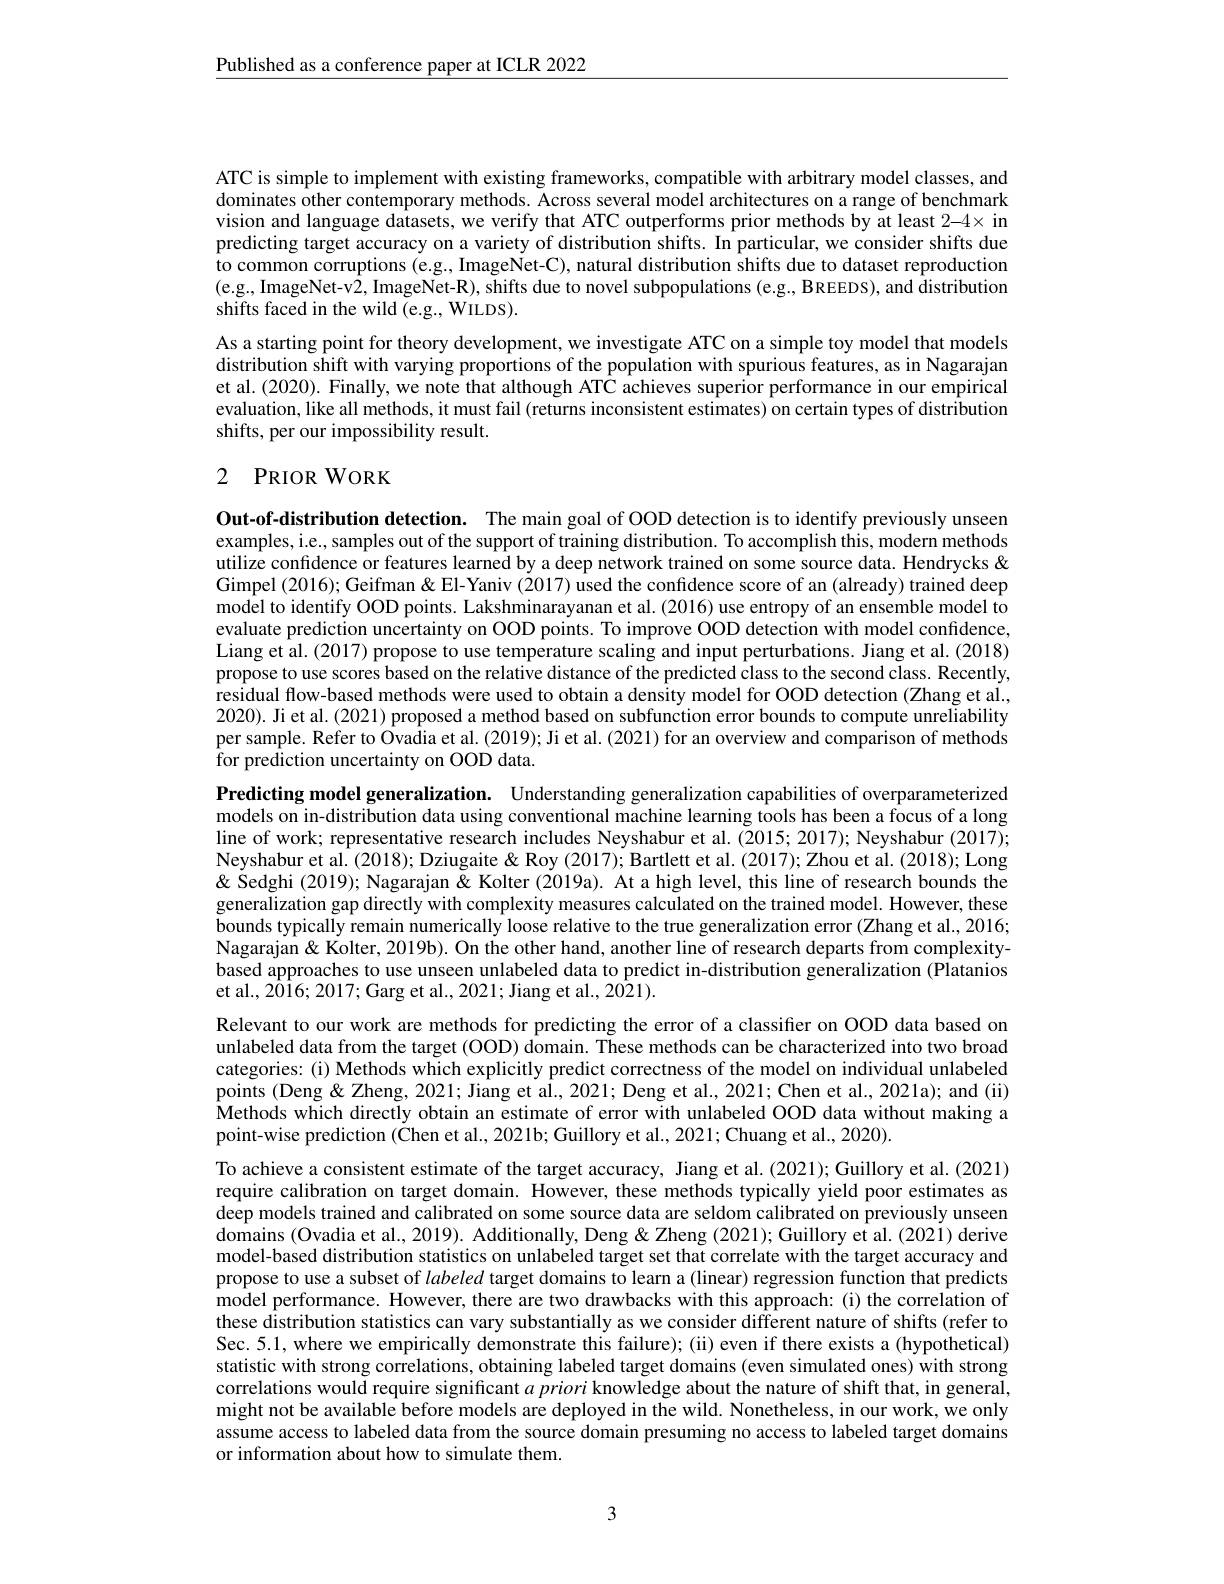
$\underline{\text{Published as a conference paper at ICLR 2022}}$

ATC is simple to implement with existing frameworks, compatible with arbitrary model classes, and dominates other contemporary methods. Across several model architectures on a range of benchmark vision and language datasets, we verify that ATC outperforms prior methods by at least 2-4x in predicting target accuracy on a variety of distribution shifts. In particular, we consider shifts due to common corruptions (e.g., ImageNet-C), natural distribution shifts due to dataset reproduction (e.g., ImageNet-v2, ImageNet-R), shifts due to novel subpopulations (e.g., BREEDS), and distribution shifts faced in the wild (e.g., WILDS).
As a starting point for theory development, we investigate ATC on a simple toy model that models distribution shift with varying proportions of the population with spurious features, as in Nagarajan et al. (2020). Finally, we note that although ATC achieves superior performance in our empirical evaluation, like all methods, it must fail (returns inconsistent estimates) on certain types of distribution shifts, per our impossibility result.

## 2 PRIOR WORK

Out-of-distribution detection. The main goal of OOD detection is to identify previously unseen examples, i.e., samples out of the support of training distribution. To accomplish this, modern methods utilize confidence or features learned by a deep network trained on some source data. Hendrycks & Gimpel (2016); Geifman & El- Yaniv (2017) used the confidence score of an (already) trained deep model to identify OOD points. Lakshminarayanan et al. (2016) use entropy of an ensemble model to evaluate prediction uncertainty on OOD points. To improve OOD detection with model confidence, Liang et al. (2017) propose to use temperature scaling and input perturbations. Jiang et al. (2018) propose to use scores based on the relative distance of the predicted class to the second class. Recently, residual flow-based methods were used to obtain a density model for OOD detection (Zhang et al., 2020). Ji et al. (2021) proposed a method based on subfunction error bounds to compute unreliability per sample. Refer to Ovadia et al.(2019); Ji et al.(2021) for an overview and comparison of methods for prediction uncertainty on OOD data.

Predicting model generalization. Understanding generalization capabilities of overparameterized models on in-distribution data using conventional machine learning tools has been a focus of a long line of work; representative research includes Neyshabur et al. (Z015; 2017); Neyshabur (2017); Neyshabur et al. (2018); Dziugaite & Roy (2017); Bartlett et al. (2017); Zhou et al. (2018); Long & Sedghi (2019); Nagarajan & Kolter (2019a). At a high level, this line of research bounds the generalization gap directly with complexity measures calculated on the trained model. However, these bounds typically remain numerically loose relative to the true generalization error (Zhang et al., 2016; Nagarajan& Kolter, 2019b). On the other hand, another line of research departs from complexitybased approaches to use unseen unlabeled data to predict in-distribution generalization (Platanios et al., 20$\hat{1}6;2017;$Garg et al., 2021; Jiang et al., 2021).

Relevant to our work are methods for predicting the error of a classifier on OOD data based on unlabeled data from the target (OOD) domain. These methods can be characterized into two broad categories: (i) Methods which explicitly predict correctness of the model on individual unlabeled points (Deng &Zheng, 2021; Jiang et al., 2021; Deng et al., 2021; Chen et al., 2021a); and (ii) Methods which directly obtain an estimate of error with unlabeled OOD data without making a point-wise prediction (Chen et al., 2021b; Guillory et al., 2021; Chuang et al., 2020).
To achieve a consistent estimate of the target accuracy, Jiang et al. (2021); Guillory et al. (2021) require calibration on target domain. However, these methods typically yield poor estimates as deep models trained and calibrated on some source data are seldom calibrated on previously unseen domains (Ovadia et al., 2019). Additionally, Deng & Zheng (2021); Guillory et al. (2021) derive model-based distribution statistics on unlabeled target set that correlate with the target accuracy and propose to use a subset of labeled target domains to learn a (linear) regression function that predicts model performance. However, there are two drawbacks with this approach: (i) the correlation of these distribution statistics can vary substantially as we consider different nature of shifts (refer to Sec. 5.1, where we empirically demonstrate this failure); (ii) even if there exists a (hypothetical) statistic with strong correlations, obtaining labeled target domains (even simulated ones) with strong correlations would require significant $a\textit{priori knowledge about the nature of shift that, in general, }$ might not be available before models are deployed in the wild. Nonetheless, in our work, we only assume access to labeled data from the source domain presuming no access to labeled target domains or information about how to simulate them.

3